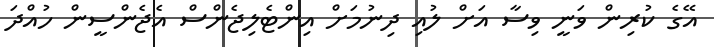
އޭގެ ކުރިން ވަނީ ވިސާ އަށް ލުއި ދިނުމަށް އިންޓެލިޖެންސް އެޖެންސީން ހުއްދަ